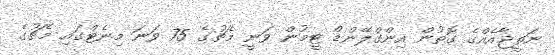
ނަތީޖާއެއްގެ ގޮތުން އިންގްލޭންޑް ޓީމުން ވަނީ މެޗުގެ 75 ވަނަ މިނެޓްގައި މެޗުގެ